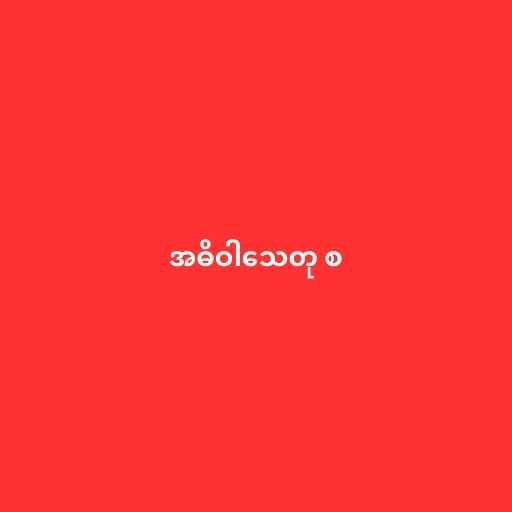
အဓိဝါသေတု စ